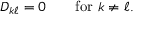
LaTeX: D _ { k \ell } = 0 \qquad { \mathrm { f o r ~ } } k \neq \ell .